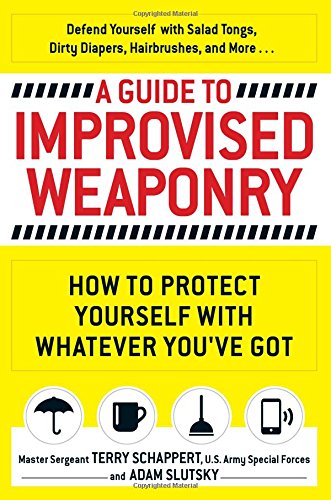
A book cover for A Guide To Improvised Weaponry: How to Protect Yourself with WHATEVER You've Got; Terry Schappert; Health, Fitness & Dieting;